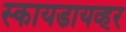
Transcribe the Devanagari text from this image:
स्कायडायव्हर